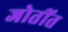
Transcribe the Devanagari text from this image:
जोतींत